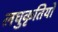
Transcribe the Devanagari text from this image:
लघुकृतियों